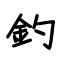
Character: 釣